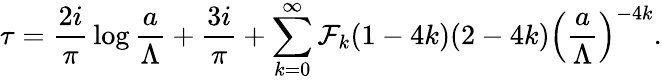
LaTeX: \tau={\frac{2i}{\pi}}\log{\frac{a}{\Lambda}}+{\frac{3i}{\pi}}+\sum_{k=0}^{\infty}{\cal F}_{k}(1-4k)(2-4k)\left({\frac{a}{\Lambda}}\right)^{-4k}.